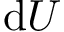
\mathrm { d } U